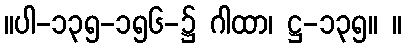
။ပါ-၁၃၅-၁၅၆-၌ ဂါထာ၊ ဋ္ဌ-၁၃၅။ ။